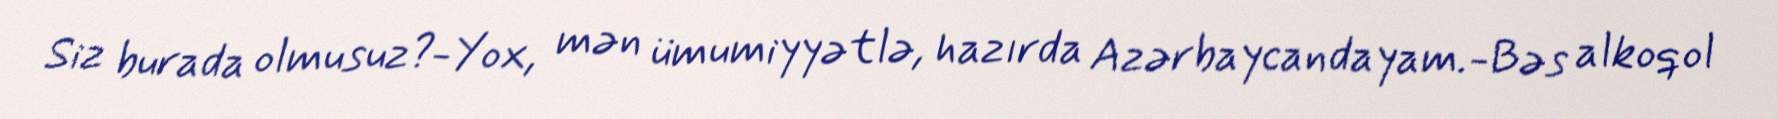
Siz burada olmusuz?-Yox, mən ümumiyyətlə, hazırda Azərbaycandayam.-Bəs alkoqol